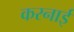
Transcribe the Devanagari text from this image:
करनाई